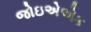
જોઇએએક